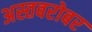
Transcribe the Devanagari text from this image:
अस्तबरोबर